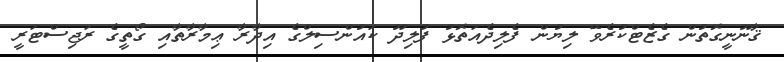
ޤާނޫނީގޮތުން ގެޒެޓްކުރެވޭ ލިޔުން ފެލިދެއަތޮޅު ފުލިދޫ ކައުންސިލްގެ އިދާރާ ޢިމާރާތާއި ގޯތީގެ ރަޖިސްޓަރީ